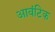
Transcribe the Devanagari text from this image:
आवंटिक